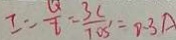
I = \frac { Q } { t } = \frac { 3 C } { 1 0 s ^ { \prime } } = 0 . 3 A